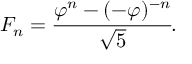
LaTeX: F _ { n } = { \cfrac { \varphi ^ { n } - ( - \varphi ) ^ { - n } } { \sqrt { 5 } } } .